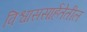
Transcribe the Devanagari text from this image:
विश्वाससार्हतेतील